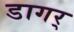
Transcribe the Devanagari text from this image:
डागर्